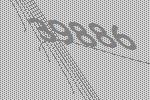
39886